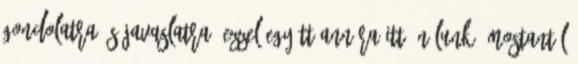
gondolatra és javaslatra, ezzel együtt Annára itt, Nálunk. Mostantól